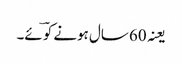
یعنہ 60 سال ہونے کو ؔئے۔